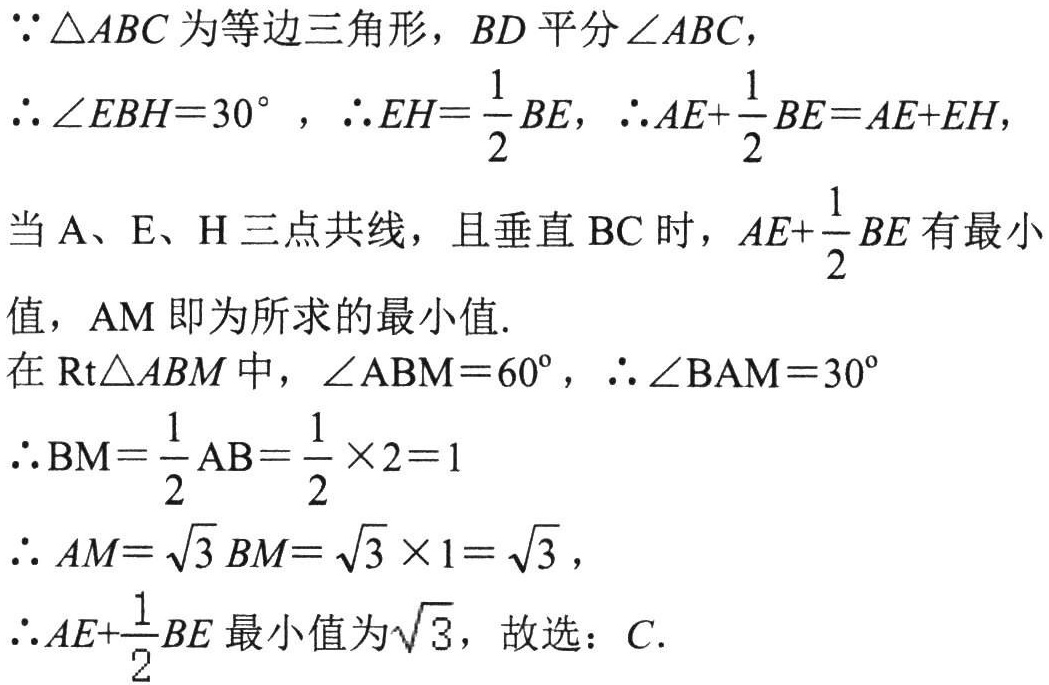
\(
\begin{align*}
&\because \triangle ABC\text{ 为等边三角形，}BD\text{ 平分}\angle ABC,\\
&\therefore \angle EBH = 30^{\circ},\therefore EH=\frac{1}{2}BE,\therefore AE+\frac{1}{2}BE = AE + EH,\\
&\text{当 }A、E、H\text{ 三点共线，且垂直 }BC\text{ 时，}AE+\frac{1}{2}BE\text{ 有最小}\\
&\text{值，}AM\text{ 即为所求的最小值.}\\
&\text{在 }\mathrm{Rt}\triangle ABM\text{ 中，}\angle ABM = 60^{\circ},\therefore \angle BAM = 30^{\circ}\\
&\therefore BM=\frac{1}{2}AB=\frac{1}{2}\times2 = 1\\
&\therefore AM=\sqrt{3}BM=\sqrt{3}\times1=\sqrt{3},\\
&\therefore AE+\frac{1}{2}BE\text{ 最小值为}\sqrt{3}，故选：C.
\end{align*}
\)